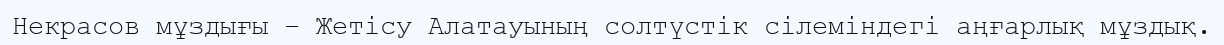
Некрасов мұздығы – Жетісу Алатауының солтүстік сілеміндегі аңғарлық мұздық.